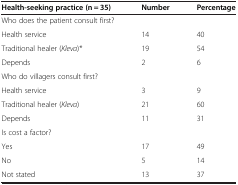
<table><thead><tr><td><b>Health-seeking practice (n = 35)</b></td><td><b>Number</b></td><td><b>Percentage</b></td></tr></thead><tbody><tr><td>Who does the patient consult first?</td><td> </td><td> </td></tr><tr><td>Health service</td><td>14</td><td>40</td></tr><tr><td>Traditional healer (<i>Kleva</i>)*</td><td>19</td><td>54</td></tr><tr><td>Depends</td><td>2</td><td>6</td></tr><tr><td>Who do villagers consult first?</td><td> </td><td> </td></tr><tr><td>Health service</td><td>3</td><td>9</td></tr><tr><td>Traditional healer (<i>Kleva</i>)</td><td>21</td><td>60</td></tr><tr><td>Depends</td><td>11</td><td>31</td></tr><tr><td>Is cost a factor?</td><td> </td><td> </td></tr><tr><td>Yes</td><td>17</td><td>49</td></tr><tr><td>No</td><td>5</td><td>14</td></tr><tr><td>Not stated</td><td>13</td><td>37</td></tr></tbody></table>